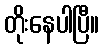
တိုးနေပါပြီ။